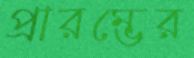
প্রারম্ভের